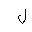
Letter: _lam